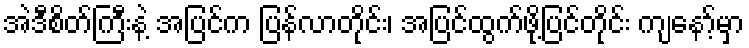
အဲဒီစိတ်ကြီးနဲ့ အပြင်က ပြန်လာတိုင်း၊ အပြင်ထွက်ဖို့ပြင်တိုင်း ကျနော့်မှာ